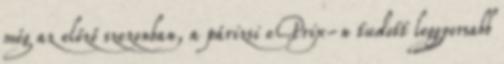
még az előző szezonban, a párizsi ePrix-n tudott leggyorsabb